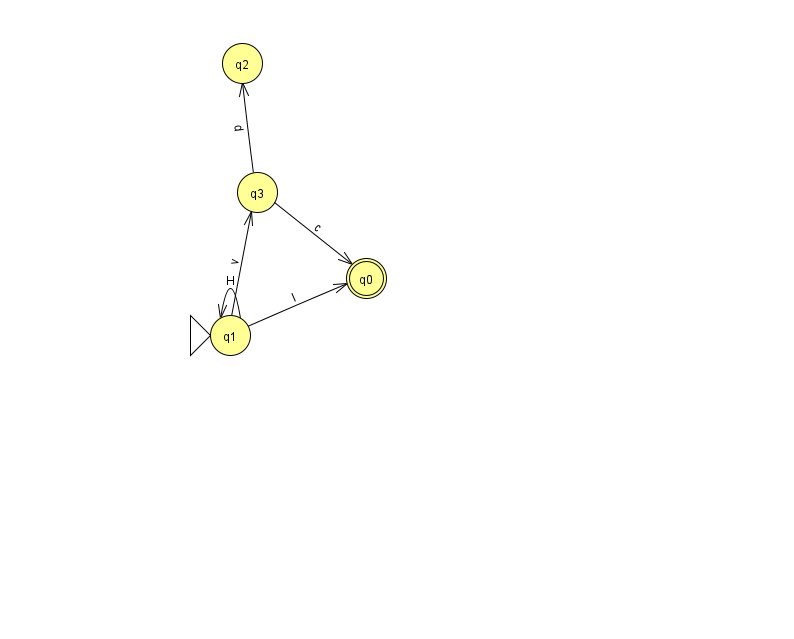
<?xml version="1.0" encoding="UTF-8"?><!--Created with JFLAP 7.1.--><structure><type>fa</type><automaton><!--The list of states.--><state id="0" name="q0"><x>366.0</x><y>265.0</y><final/></state><state id="1" name="q1"><x>230.0</x><y>322.0</y><initial/></state><state id="2" name="q2"><x>242.0</x><y>50.0</y></state><state id="3" name="q3"><x>257.0</x><y>179.0</y></state><!--The list of transitions.--><transition><from>1</from><to>3</to><read>v</read></transition><transition><from>3</from><to>2</to><read>d</read></transition><transition><from>1</from><to>0</to><read>I</read></transition><transition><from>1</from><to>1</to><read>H</read></transition><transition><from>3</from><to>0</to><read>c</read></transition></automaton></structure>